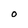
Character: O